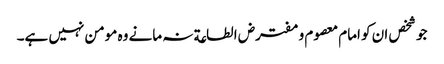
جو شخص ان کو امام معصوم و مفترض الطاعة نہ مانے وہ مومن نہیں ہے۔